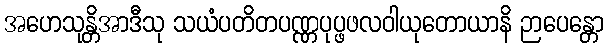
အဟေသုန္တိအာဒီသု သယံပတိတပဏ္ဏပုပ္ဖဖလဝါယုတောယာနိ ဉာပေန္တော